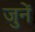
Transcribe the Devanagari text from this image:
जुनें